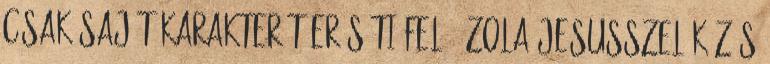
csak saját karakterét erősíti fel - Zola Jesusszel közös